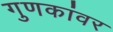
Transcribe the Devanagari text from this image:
गुणकांवर